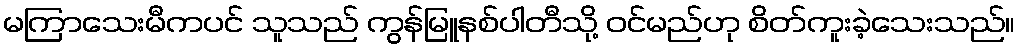
မကြာသေးမီကပင် သူသည် ကွန်မြူနစ်ပါတီသို့ ဝင်မည်ဟု စိတ်ကူးခဲ့သေးသည်။